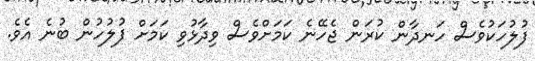
ފުލުހަކުވެސް ހަނދާން ކުރަން ޖެހޭނެ ކަމަށްވެސް ވިދާޅުވި ކަމަށް ފުލުހުން ބުނެ އެވެ.